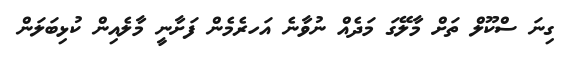
ގިނަ ސްކޫލް ތަށް މާލޭގަ މަދެއް ނުވާނެ އަހރެމެން ފަށާނީ މާލެއިން ކުޅިބަލަން